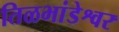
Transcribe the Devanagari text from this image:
तिळभांडेश्वर